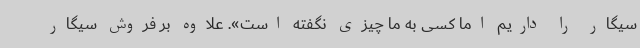
سیگار را داریم اما کسی به ما چیزی نگفته است». علاوه بر فروش سیگار